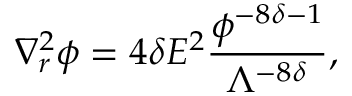
\nabla _ { r } ^ { 2 } \phi = 4 \delta E ^ { 2 } \frac { \phi ^ { - 8 \delta - 1 } } { \Lambda ^ { - 8 \delta } } ,